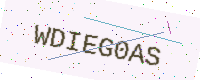
Text: WDIEG0AS